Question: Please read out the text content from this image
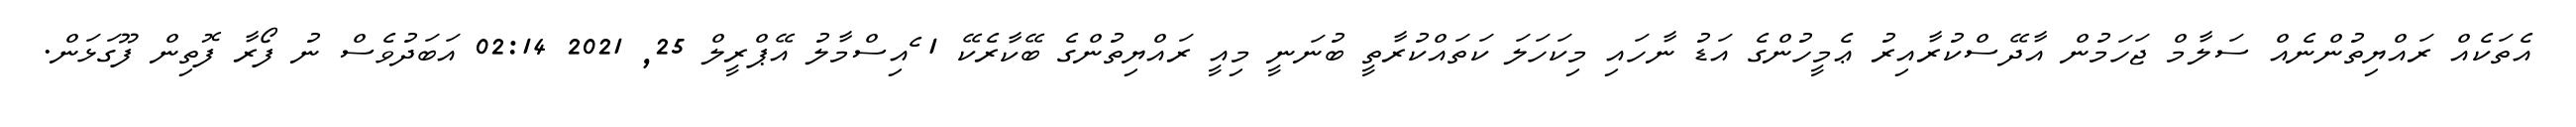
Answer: އެތަކެއް ރައްޔިތުންނެއް ސަލާމް ޖަހަމުން އާދޭސްކުރާއިރު ޢެމީހުންގެ އަޑު ނާހައި މިކަހަލަ ކަތައްކުރާތީ ބުނަނީ މިއީ ރައްޔިތުންގެ ބޭކާރެކޭ 1 ެއިސްމާލު އޭޕްރީލް 25, 2021 02:14 އަބަދުވެސް ނު ފޯރާ ފޮތިން ފޫގަޅަން.